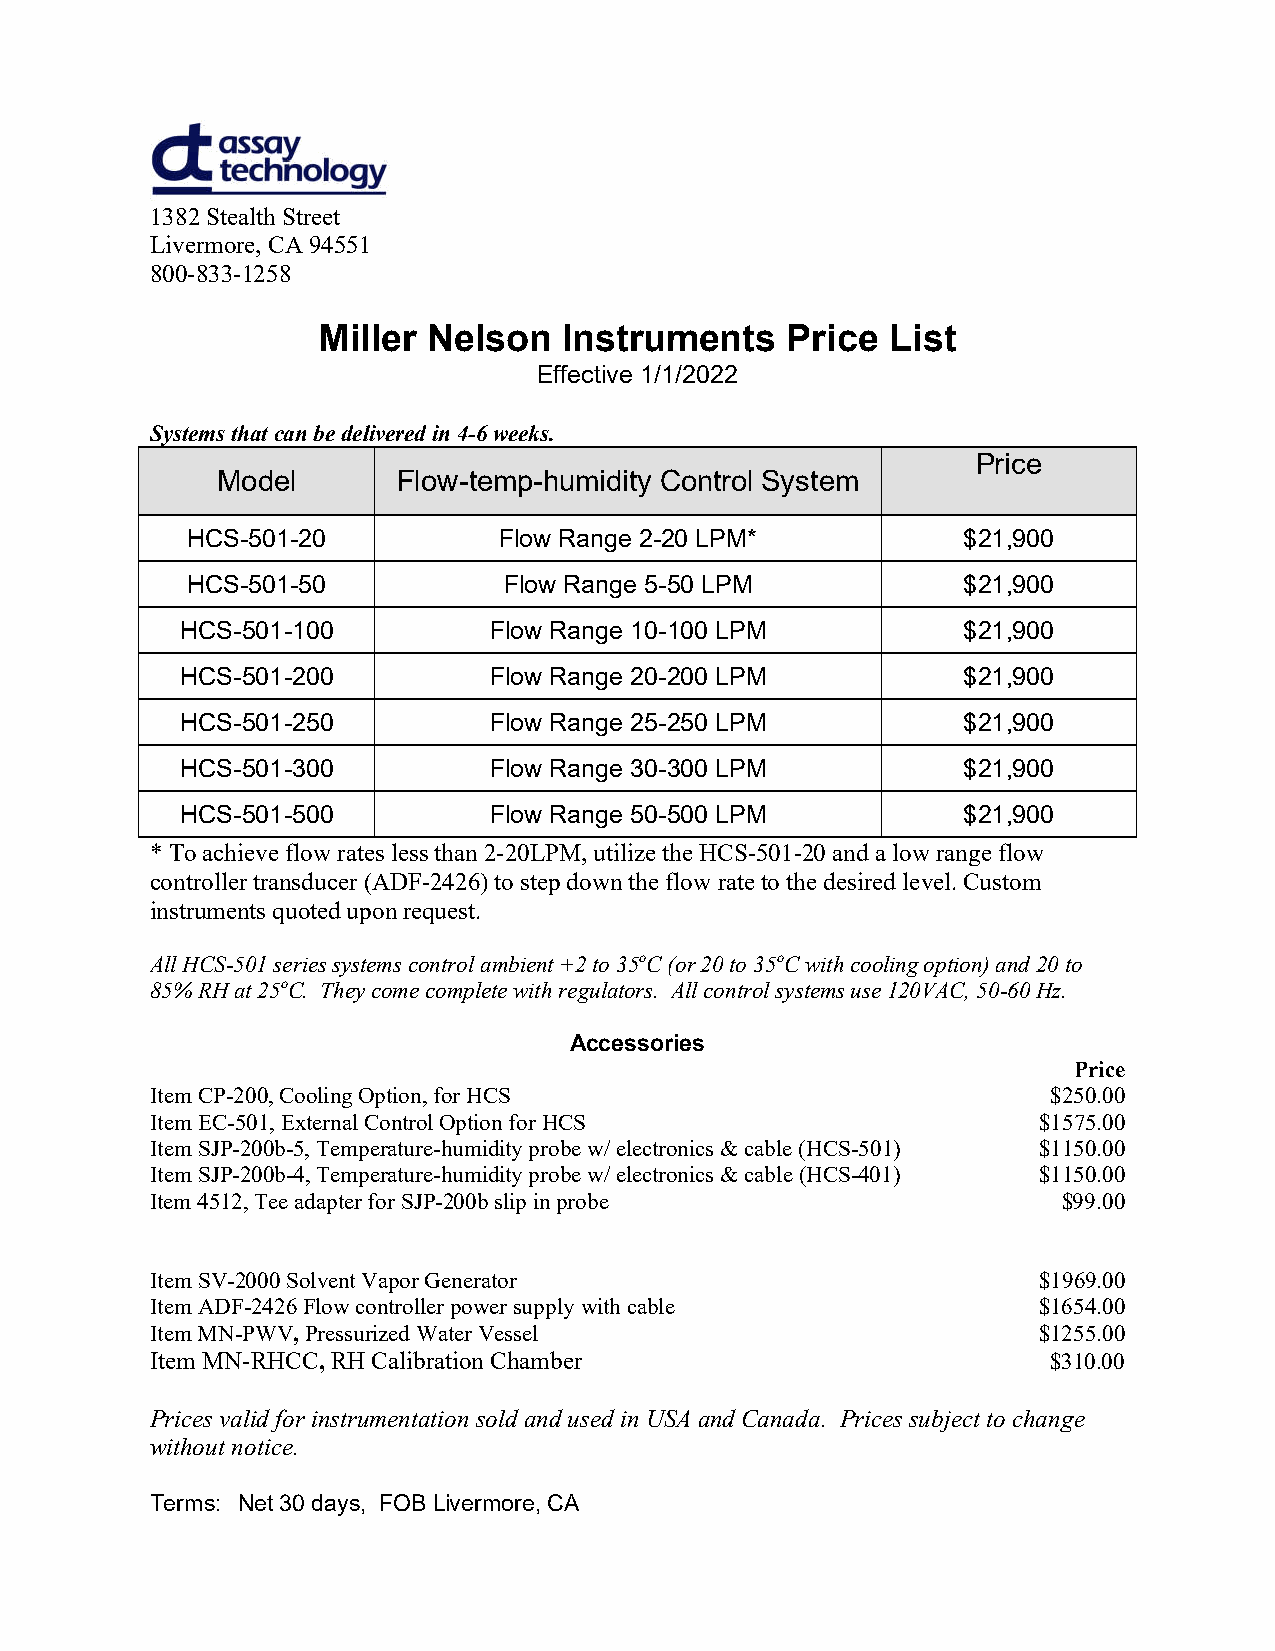
1382 Stealth Street
 Livermore, CA 94551
 800-833-1258
 Miller Nelson   Instruments    Price  List
 Effective 1/1/2022
 Systems that can be delivered in 4-6 weeks.
 Price
 Model       Flow-temp-humidity Control System
 HCS-501-20           Flow Range 2-20 LPM*           $21,900
 HCS-501-50           Flow Range 5-50 LPM            $21,900
 HCS-501-100         Flow Range 10-100 LPM           $21,900
 HCS-501-200         Flow Range 20-200 LPM           $21,900
 HCS-501-250         Flow Range 25-250 LPM           $21,900
 HCS-501-300         Flow Range 30-300 LPM           $21,900
 HCS-501-500         Flow Range 50-500 LPM           $21,900
 * To achieve flow rates less than 2-20LPM, utilize the HCS-501-20 and a low range flow
 controller transducer (ADF-2426) to step down the flow rate to the desired level. Custom
 instruments quoted upon request.
 All HCS-501 series systems control ambient +2 to 35oC (or 20 to 35oC with cooling option) and 20 to
 85% RH at 25oC. They come complete with regulators. All control systems use 120VAC, 50-60 Hz.
 Accessories
 Price
 Item CP-200, Cooling Option, for HCS                        $250.00
 Item EC-501, External Control Option for HCS               $1575.00
 Item SJP-200b-5, Temperature-humidity probe w/ electronics & cable (HCS-501) $1150.00
 Item SJP-200b-4, Temperature-humidity probe w/ electronics & cable (HCS-401) $1150.00
 Item 4512, Tee adapter for SJP-200b slip in probe           $99.00
 Item SV-2000 Solvent Vapor Generator                       $1969.00
 Item ADF-2426 Flow controller power supply with cable      $1654.00
 Item MN-PWV, Pressurized Water Vessel                      $1255.00
 Item MN-RHCC, RH Calibration Chamber                        $310.00
 Prices valid for instrumentation sold and used in USA and Canada. Prices subject to change
 without notice.
 Terms: Net 30 days, FOB Livermore, CA